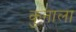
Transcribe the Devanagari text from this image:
कुनाला